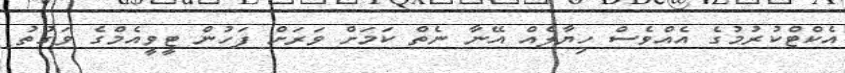
އެކްޓްކުރުމުގެ އެއްވެސް ހިޔާލެއް އޭނާ ނެތް ކަމަށް ވަރަށް ފަހުން ޓީވީއެމްގެ ވަގުތު